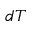
d T